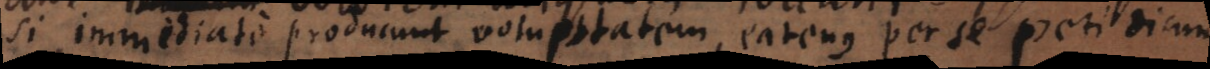
si immediate producunt voluptatem, eatenus per se peti dicuntu